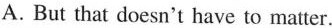
A. But that doesn't have to matter.